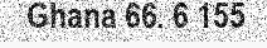
Ghana 66. 6 155